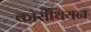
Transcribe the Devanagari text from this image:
कॉरींथियन